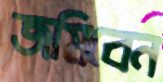
জমিবেন